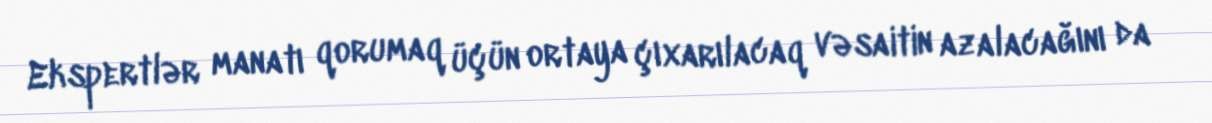
Ekspertlər manatı qorumaq üçün ortaya çıxarılacaq vəsaitin azalacağını da